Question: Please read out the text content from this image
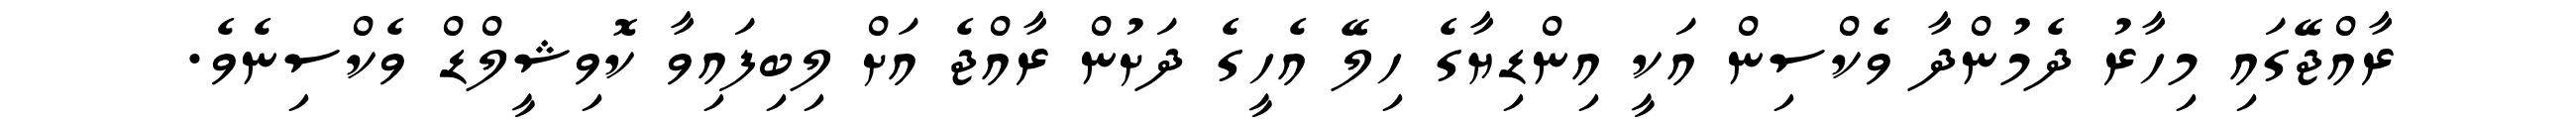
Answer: ރާއްޖޭގައި މިހާރު ދެމުންދާ ވެކްސިން އަކީ އިންޑިޔާގެ ހިލޭ އެހީގެ ދަށުން ރާއްޖެ އަށް ލިބިފައިވާ ކޮވިޝީލްޑް ވެކްސިނެވެ.